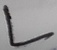
Text: L